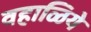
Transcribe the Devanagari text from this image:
वहाळिये